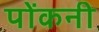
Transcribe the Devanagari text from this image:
पोंकनी